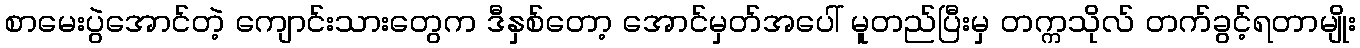
စာမေးပွဲအောင်တဲ့ ကျောင်းသားတွေက ဒီနှစ်တော့ အောင်မှတ်အပေါ် မူတည်ပြီးမှ တက္ကသိုလ် တက်ခွင့်ရတာမျိုး